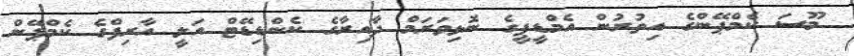
މޫސަ ކެމްޕޭންގެ އިތުރުން އެމްޑީޕީގެ ނޮޅިވަރަމް ދާއިރާގެ ކެންޑިޑޭޓް އަލީ އާރިފްގެ ކެމްޕޭން